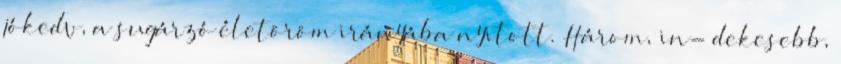
jókedv, a sugárzó életöröm irányába nyitott. Három, in- dekesebb,